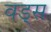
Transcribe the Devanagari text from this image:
वड्स